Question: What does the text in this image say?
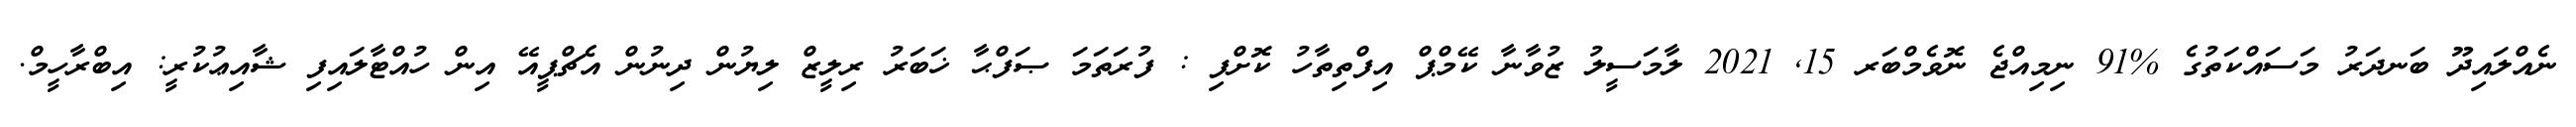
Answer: ނެއްލައިދޫ ބަނދަރު މަސައްކަތުގެ %91 ނިމިއްޖެ ނޮވެމްބަރ 15, 2021 ލާމަސީލު ޒުވާނާ ކޭމްޕް އިފްތިތާހު ކޮށްފި : ފުރަތަމަ ޞަފްޙާ ޚަބަރު ރިލީޒް ލިޔުން ދިނުން އެޗްޕީއޭ އިން ހުއްޓާލައިފި ޝާއިޢުކުރީ: އިބްރާހީމް.